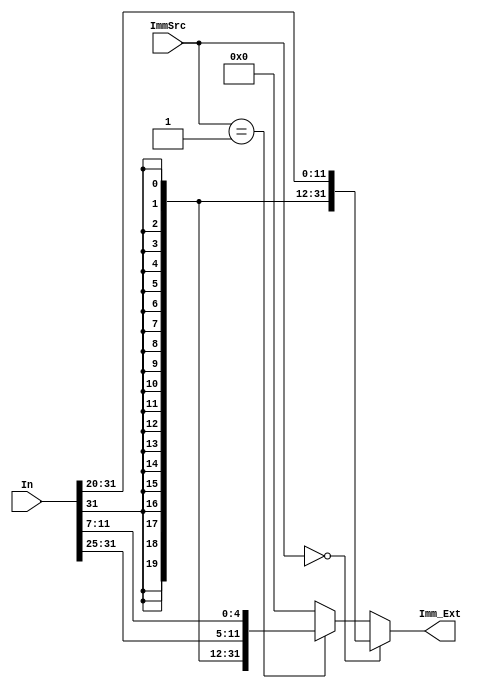
// Copyright 2023 MERL-DSU

//    Licensed under the Apache License, Version 2.0 (the "License");
//    you may not use this file except in compliance with the License.
//    You may obtain a copy of the License at

//        http://www.apache.org/licenses/LICENSE-2.0

//    Unless required by applicable law or agreed to in writing, software
//    distributed under the License is distributed on an "AS IS" BASIS,
//    WITHOUT WARRANTIES OR CONDITIONS OF ANY KIND, either express or implied.
//    See the License for the specific language governing permissions and
//    limitations under the License.

module Sign_Extend (In,ImmSrc,Imm_Ext);
    input [31:0] In;
    input [1:0] ImmSrc;
    output [31:0] Imm_Ext;

    assign Imm_Ext =  (ImmSrc == 2'b00) ? {{20{In[31]}},In[31:20]} : 
                     (ImmSrc == 2'b01) ? {{20{In[31]}},In[31:25],In[11:7]} : 32'h00000000; 

endmodule